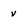
Character: v